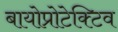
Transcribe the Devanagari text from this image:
बायोप्रोटेक्टिव